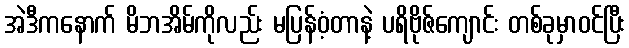
အဲဒီကနောက် မိဘအိမ်ကိုလည်း မပြန်ဝံ့တာနဲ့ ပရိဗိုဇ်ကျောင်း တစ်ခုမှာဝင်ပြီး